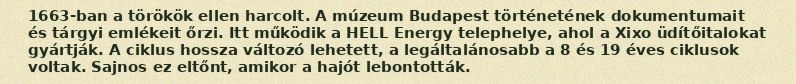
1663-ban a törökök ellen harcolt. A múzeum Budapest történetének dokumentumait és tárgyi emlékeit őrzi. Itt működik a HELL Energy telephelye, ahol a Xixo üdítőitalokat gyártják. A ciklus hossza változó lehetett, a legáltalánosabb a 8 és 19 éves ciklusok voltak. Sajnos ez eltőnt, amikor a hajót lebontották.